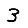
Digit: 3